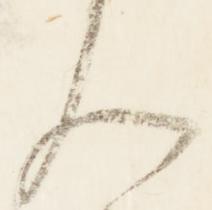
人